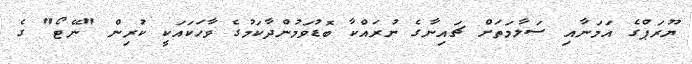
ޔޫރަޕްގެ އަމަނާއި ސަލާމަތަށް ޗައިނާގެ ނުރައްކާ ބޮޑުވަމުންދާކަމުގެ ވާހަކައަކީ ކުރިން "ނޭޓޯ" ގެ